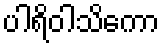
ပါရိဝါသိကော